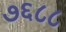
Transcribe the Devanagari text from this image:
७६८८